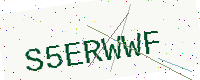
Text: S5ERWWF